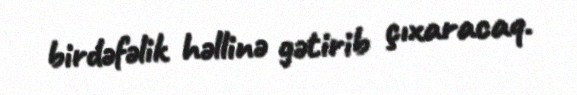
birdəfəlik həllinə gətirib çıxaracaq.